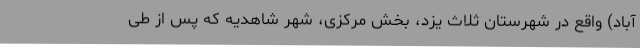
آباد) واقع در شهرستان ثلاث یزد، بخش مرکزی، شهر شاهدیه که پس از طی